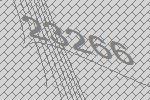
23266